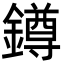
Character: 鐏